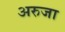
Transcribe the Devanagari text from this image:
अरुजा